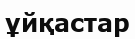
ұйқастар